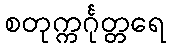
စတုက္ကင်္ဂုတ္တရေ